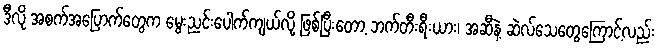
ဒီလို အစက်အပြောက်တွေက မွေးညင်းပေါက်ကျယ်လို့ ဖြစ်ပြီးတော့ ဘက်တီးရီးယား၊ အဆီနဲ့ ဆဲလ်သေတွေကြောင့်လည်း